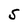
Character: S